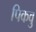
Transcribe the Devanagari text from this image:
पिकवु